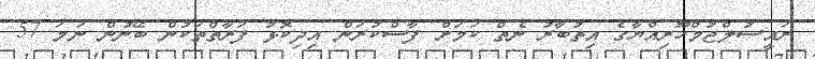
ރައީސުލްޖުމްހޫރިއްޔާގެ އިތުބާރު ނެތް ކަމަށް ފާސްކުރަން އިިދިކޮޅު ފަރާތްތަކުން ބޭނުން ނަމަ 57